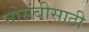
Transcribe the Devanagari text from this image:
मोसंबीसाठी